Sketch of the medical history of the native army of Bombay, for the year
Year: 1870
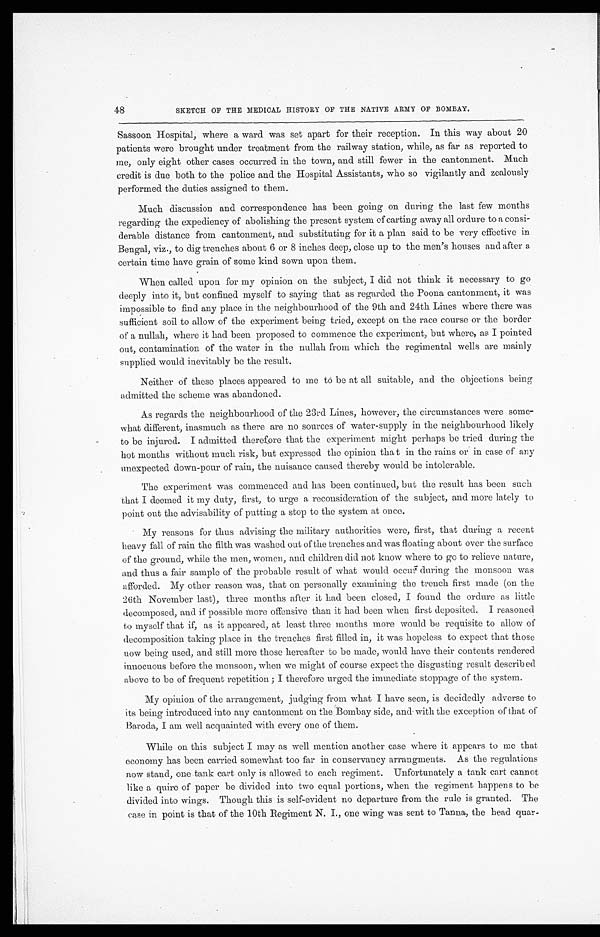
48
SKETCH OF THE MEDICAL HISTORY OF THE NATIVE ARMY OF BOMBAY.
Sassoon Hospital, where a ward was set apart for their reception. In this way about 20
patients were brought under treatment from the railway station, while, as far as reported to
me, only eight other cases occurred in the town, and still fewer in the cantonment. Much
credit is due both to the police and the Hospital Assistants, who so vigilantly and zealously
performed the duties assigned to them.
Much discussion and correspondence has been going on during the last few months
regarding the expediency of abolishing the present system of carting away all ordure to a consi
-derable distance from cantonment, and substituting for it a plan said to be very effective in
Bengal, viz., to dig trenches about 6 or 8 inches deep, close up to the men's houses and after a
certain time have grain of some kind sown upon them.
When called upon for my opinion on the subject, I did not think it necessary to go
deeply into it, but confined myself to saying that as regarded the Poona cantonment, it was
impossible to find any place in the neighbourhood of the 9th and 24th Lines where there was
sufficient soil to allow of the experiment being tried, except on the race course or the border
of a nullah, where it had been proposed to commence the experiment, but where, as I pointed
out, contamination of the water in the nullah from which the regimental wells are mainly
supplied would inevitably be the result.
Neither of these places appeared to me to be at all suitable, and the objections being
admitted the scheme was abandoned.
As regards the neighbourhood of the 23rd Lines, however, the circumstances were some
-what different, inasmuch as there are no sources of water-supply in the neighbourhood likely
to be injured. I admitted therefore that the experiment might perhaps be tried during the
hot months without much risk, but expressed the opinion that in the rains or in case of any
unexpected down-pour of rain, the nuisance caused thereby would be intolerable.
The experiment was commenced and has been continued, but the result has been such
that I deemed it my duty, first, to urge a reconsideration of the subject, and more lately to
point out the advisability of putting a stop to the system at once.
My reasons for thus advising the military authorities were, first, that during a recent
heavy fall of rain the filth was washed out of the trenches and was floating about over the surface
of the ground, while the men, women, and children did not know where to go to relieve nature,
and thus a fair sample of the probable result of what would occur during the monsoon was
afforded. My other reason was, that on personally examining the trench first made (on the
26th November last), three months after it had been closed, I found the ordure as little
decomposed, and if possible more offensive than it had been when first deposited. I reasoned
to myself that if, as it appeared, at least three months more would be requisite to allow of
decomposition taking place in the trenches first filled in, it was hopeless to expect that those
now being used, and still more those hereafter to be made, would have their contents rendered
innocuous before the monsoon, when we might of course expect the disgusting result described
above to be of frequent repetition; I therefore urged the immediate stoppage of the system.
My opinion of the arrangement, judging from what I have seen, is decidedly adverse to
its being introduced into any cantonment on the Bombay side, and with the exception of that of
Baroda, I am well acquainted with every one of them.
While on this subject I may as well mention another case where it appears to me that
economy has been carried somewhat too far in conservancy arrangments. As the regulations
now stand, one tank cart only is allowed to each regiment. Unfortunately a tank cart cannot
like a quire of paper be divided into two equal portions, when the regiment happens to be
divided into wings. Though this is self-evident no departure from the rule is granted. The
case in point is that of the 10th Regiment N. I., one wing was sent to Tanna, the bead quar-